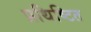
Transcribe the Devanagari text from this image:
प्रथिष्टित